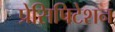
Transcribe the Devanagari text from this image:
प्रेसिपिटेशन